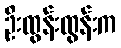
ဦးထွန်းထွန်းက